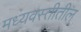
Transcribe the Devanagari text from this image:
मध्यवस्तीतील